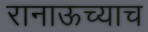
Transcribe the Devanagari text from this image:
रानाऊच्याच